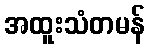
အထူးသံတမန်